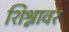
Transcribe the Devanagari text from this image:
शिश्नावर